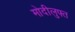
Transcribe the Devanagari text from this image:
मोदीलुफ्त